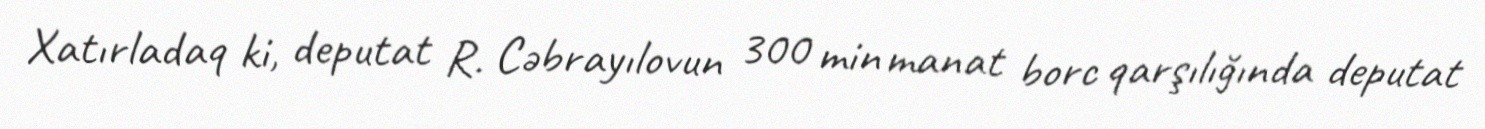
Xatırladaq ki, deputat R. Cəbrayılovun 300 min manat borc qarşılığında deputat